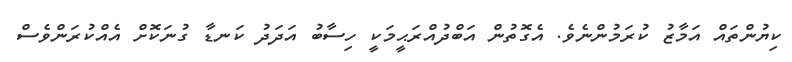
ކިޔުންތައް އަމާޒު ކުރަމުންނެވެ. އެގޮތުން އަބްދުއްރަޙީމަކީ ހިސާބު އަދަދު ކަނޑާ ގުނަކޮށް އެއްކުރަންވެސް